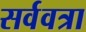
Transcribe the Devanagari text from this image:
सर्ववत्रा